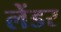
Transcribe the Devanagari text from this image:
लेंडर